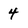
Character: 4